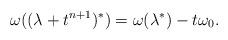
LaTeX: \begin{align*} \omega((\lambda + t^{n+1}) ^*) = \omega(\lambda^*) -t\omega_0.\end{align*}